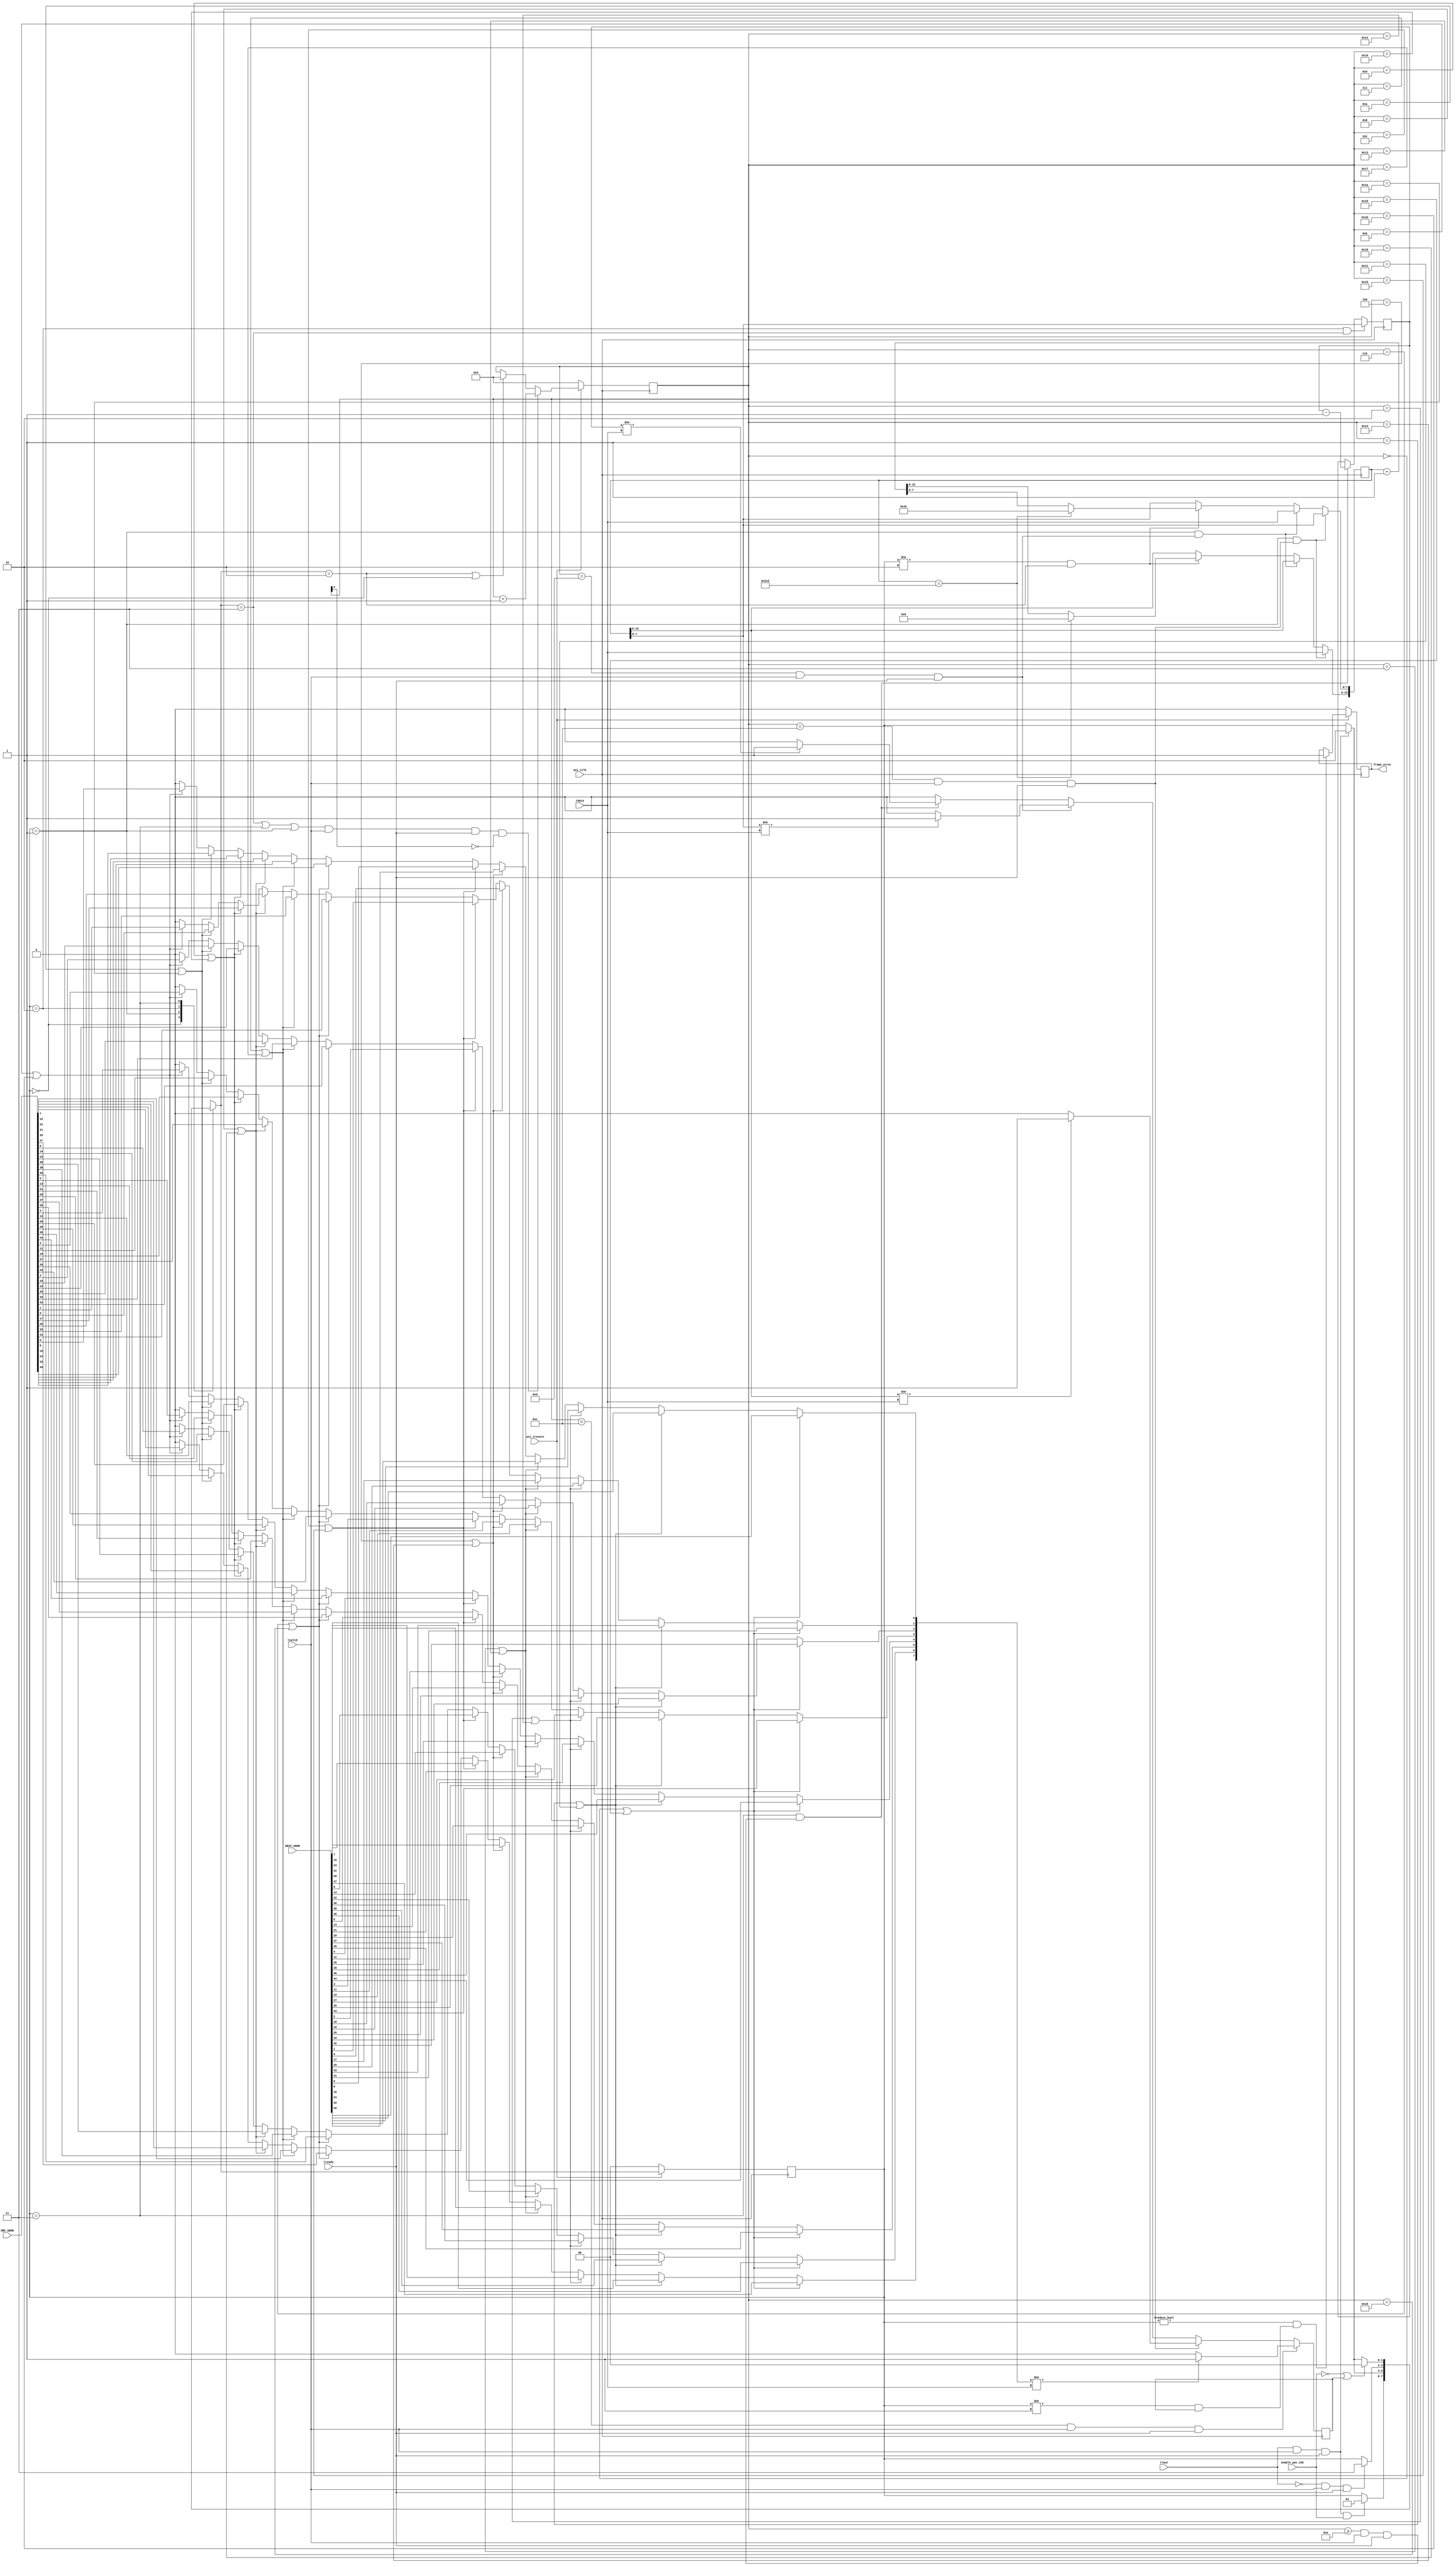
module axi_pat_check #(
 //  parameter               DEST_ADDR = 48'h74D4359BE879,
 //  parameter               SRC_ADDR  = 48'h5a0102030405,
   parameter               MAX_SIZE  = 16'd500,
   parameter               MIN_SIZE  = 16'd64

)(
   input                   axi_tclk,
   input                   axi_tresetn,

   input                   enable_pat_chk,

   input       [7:0]       tdata,
   input                   tvalid,
   input                   tlast,
   input                   tready,

   output reg              frame_error,
	
	input [47:0]SRC_ADDR,
	input [47:0]DEST_ADDR
);

parameter   IDLE  = 2'b00,
            INFO  = 2'b01,
            LOOK  = 2'b10,
            PKT   = 2'b11;

reg                  errored_data;
//wire  [7:0]          lut_data;
reg   [7:0]          lut_data;
reg   [7:0]          expected_data;
reg   [15:0]         packet_size;
reg   [4:0]          packet_count;
reg   [1:0]          rx_state;
reg   [1:0]          next_rx_state;


// the pattern checker is a slave in all respects so has to look for ackowledged data
// the first and 6 bytes of data are compared against the first byte of DEST_ADDR and SCR_ADDR
// to allow for address swaps being removed

// a simple state machine will keep track of the packet position
always @(rx_state or tlast or tvalid or tready or enable_pat_chk or errored_data)
begin
   next_rx_state = rx_state;
   case (rx_state)
      // cannot simply look for a rise on valid have to see a last first so
      // we know the next asserted valid is new data
      IDLE : begin
         if (tlast & tvalid & tready & enable_pat_chk)
            next_rx_state = INFO;
      end
      // since we don't know where the packet gen will be rx a frame to enable
      // packet size to be initialised
      INFO : begin
         if (tlast & tvalid & tready)
            next_rx_state = LOOK;
      end
      // have seen a last so now look for a start
      LOOK : begin
         if (!tlast & tvalid & tready)
            next_rx_state = PKT;
      end
      // rxd first byte of packet - now stay in this state until we see a last
      PKT : begin
         if (!enable_pat_chk | errored_data)
            next_rx_state = IDLE;
         else if (tlast & tvalid & tready)
            next_rx_state = LOOK;

      end
   endcase
end

always @(posedge axi_tclk)
begin
   if (!axi_tresetn)
      rx_state <= IDLE;
   else
      rx_state <= next_rx_state;
end

// now need a counter for packet size and packet position AND data
always @(posedge axi_tclk)
begin
   if (!axi_tresetn)
      packet_count <= 5'd0;
   else begin
      if ((next_rx_state == PKT || rx_state == PKT || rx_state == INFO) & tvalid & tready & !packet_count[4])
         packet_count <= packet_count + 5'd1;
      else if (next_rx_state == LOOK | rx_state == IDLE)
         packet_count <= 5'd0;
   end
end

// need to get packet size info
// this is first initialised during the info state (the assumption being that
// the generate sends incrementing packet sizes (wrapping at MAX_SIZE)
always @(posedge axi_tclk)
begin
   if ((rx_state == INFO) && (packet_count == 5'd12) & tvalid & tready)
      packet_size[15:8] <= tdata;
   else if ((rx_state == INFO) && (packet_count == 5'd13) & tvalid & tready)
      packet_size[7:0] <= tdata;
      // when in the LOOK state we want to update the packet size to the next expected
   else if (rx_state != LOOK && (next_rx_state == LOOK)) begin
      if (packet_size == MAX_SIZE - 18)
         packet_size <= MIN_SIZE - 18;
      else
         packet_size <= packet_size + 16'd1;
   end
end

// the expected data is updated from the packet size at the end of the LOOK state
always @(posedge axi_tclk)
begin
   if ((rx_state == LOOK) && (next_rx_state == PKT))
      expected_data <= packet_size[7:0];
   else if ((rx_state == PKT) && (packet_count >= 5'd14) & tvalid & tready)
      expected_data <= expected_data - 8'd1;
end

// store the parameterized values in a lut (64 deep)
// this should mean the values could be adjusted in fpga_editor etc..
genvar i;
generate
  for (i=0; i<=7; i=i+1) begin : gen_addr
//    LUT6 #(
//       .INIT      ({52'd0,
//                    SRC_ADDR[i],
//                    SRC_ADDR[i+8],
//                    SRC_ADDR[i+16],
//                    SRC_ADDR[i+24],
//                    SRC_ADDR[i+32],
//                    SRC_ADDR[i+40],
//                    DEST_ADDR[i],
//                    DEST_ADDR[i+8],
//                    DEST_ADDR[i+16],
//                    DEST_ADDR[i+24],
//                    DEST_ADDR[i+32],
//                    DEST_ADDR[i+40]
//                   })   // Specify LUT Contents
//    ) LUT6_inst (
//       .O         (lut_data[i]),
//       .I0        (packet_count[0]),
//       .I1        (packet_count[1]),
//       .I2        (packet_count[2]),
//       .I3        (packet_count[3]),
//       .I4        (1'b0),
//       .I5        (1'b0)
//    );
	always @(packet_count[0] or packet_count[1] or packet_count[2] or packet_count[3])
		begin
			if(packet_count==0 || packet_count==16) lut_data[i]<=DEST_ADDR[i+40];
			else if(packet_count==1 || packet_count==17) lut_data[i]<=DEST_ADDR[i+32];
			else if(packet_count==2 || packet_count==18) lut_data[i]<=DEST_ADDR[i+24];
			else if(packet_count==3 || packet_count==19) lut_data[i]<=DEST_ADDR[i+16];
			else if(packet_count==4 || packet_count==20) lut_data[i]<=DEST_ADDR[i+8];
			else if(packet_count==5 || packet_count==21) lut_data[i]<=DEST_ADDR[i];
			else if(packet_count==6 || packet_count==22) lut_data[i]<=SRC_ADDR[i+40];
			else if(packet_count==7 || packet_count==23) lut_data[i]<=SRC_ADDR[i+32];
			else if(packet_count==8 || packet_count==24) lut_data[i]<=SRC_ADDR[i+24];
			else if(packet_count==9 || packet_count==25) lut_data[i]<=SRC_ADDR[i+16];
			else if(packet_count==10 || packet_count==26) lut_data[i]<=SRC_ADDR[i+8];
			else if(packet_count==11 || packet_count==27) lut_data[i]<=SRC_ADDR[i];
			else lut_data[i]<=0;
		end
   end
endgenerate

// finally the check states - errored_data is only high on the cycle after a mismatch
always @(posedge axi_tclk)
begin
   errored_data <= 0;
   if ((packet_count < 5'd12) & tvalid & tready) begin
      if (lut_data != tdata)
         errored_data <= 1;
   end
   else if ((packet_count == 5'd12) & tvalid & tready) begin
      if (packet_size[15:8] != tdata)
         errored_data <= 1;
   end
   else if ((packet_count == 5'd13) & tvalid & tready) begin
      if (packet_size[7:0] != tdata)
         errored_data <= 1;
   end
   else if ((packet_count >= 5'd14) & tvalid & tready && (rx_state == PKT)) begin
      if (expected_data != tdata)
         errored_data <= 1;
   end
end

// capture the error and hold until reset
always @(posedge axi_tclk)
begin
   if (!axi_tresetn)
      frame_error <= 0;
   else if ((rx_state != IDLE) && (rx_state != INFO) & errored_data)
      frame_error <= 1;
end

endmodule